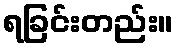
ရခြင်းတည်း။